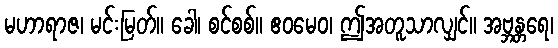
မဟာရာဇ၊ မင်းမြတ်။ ခေါ၊ စင်စစ်။ ဧဝမေဝ၊ ဤအတူသာလျှင်။ အဗ္ဘန္တရေ၊